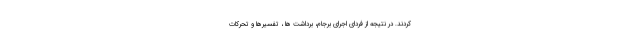
كردند. در نتيجه از فرداي اجراي برجام، برداشت ها ، تفسيرها و تحركات